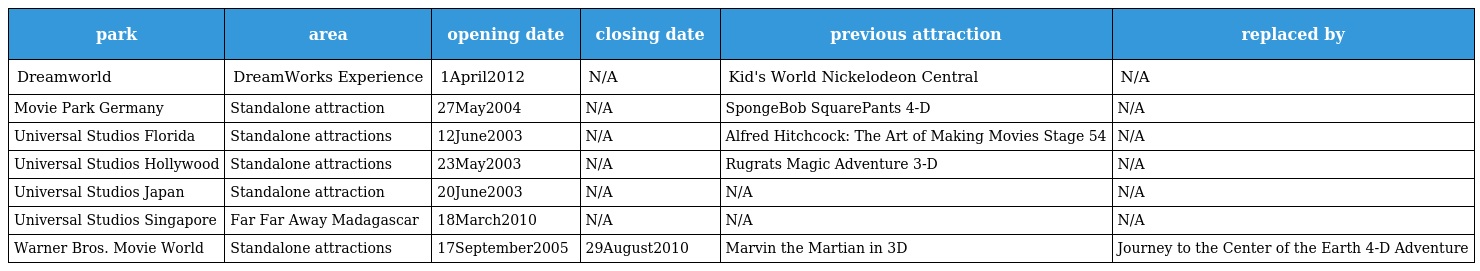
| park | area | opening date | closing date | previous attraction | replaced by |
 | --- | --- | --- | --- | --- | --- |
 | Dreamworld | DreamWorks Experience | 1April2012 | N/A | Kid's World Nickelodeon Central | N/A |
 | Movie Park Germany | Standalone attraction | 27May2004 | N/A | SpongeBob SquarePants 4-D | N/A |
 | Universal Studios Florida | Standalone attractions | 12June2003 | N/A | Alfred Hitchcock: The Art of Making Movies Stage 54 | N/A |
 | Universal Studios Hollywood | Standalone attractions | 23May2003 | N/A | Rugrats Magic Adventure 3-D | N/A |
 | Universal Studios Japan | Standalone attraction | 20June2003 | N/A | N/A | N/A |
 | Universal Studios Singapore | Far Far Away Madagascar | 18March2010 | N/A | N/A | N/A |
 | Warner Bros. Movie World | Standalone attractions | 17September2005 | 29August2010 | Marvin the Martian in 3D | Journey to the Center of the Earth 4-D Adventure |